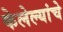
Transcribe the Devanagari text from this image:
केलेल्यांचे